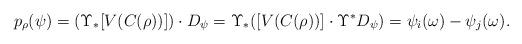
LaTeX: \begin{align*}p_\rho(\psi)=(\Upsilon_*[V(C(\rho))])\cdot D_\psi=\Upsilon_*([V(C(\rho))]\cdot \Upsilon^*D_\psi)=\psi_i(\omega)-\psi_j(\omega). \end{align*}